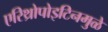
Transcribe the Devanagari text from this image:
एरिथ्रोपोइटिनमुळे